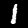
Label: 1